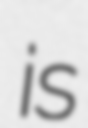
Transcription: is